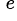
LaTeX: ^{\, e}